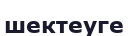
шектеуге